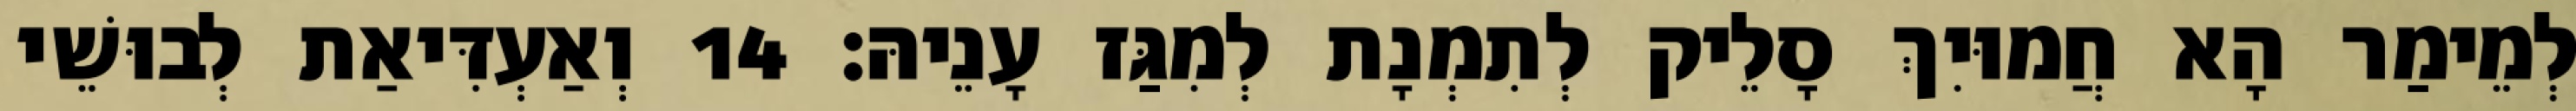
לְמֵימַר הָא חֲמוּיִךְ סָלֵיק לְתִמְנָת לְמִגַּז עָנֵיהּ׃ 14 וְאַעְדִּיאַת לְבוּשֵׁי